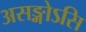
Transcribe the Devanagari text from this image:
असङ्गोऽसि